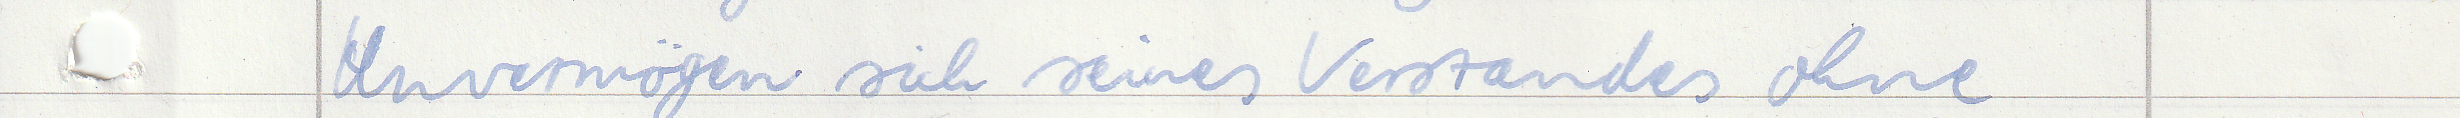
Unvermögen sich seines Verstandes ohne